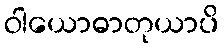
ဝါယောဓာတုယာပိ